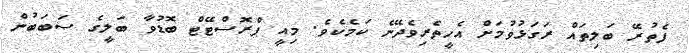
ފެތުރޭ ބަލިތައް ރަގަޅުވުމަށް އެހީތެރިވެދޭނެ ކަމެކެވެ. މިއީ ޕްރޮސްޓޭޓް ބޮޑުވާ ބަލީގެ ސަބަބުން